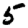
Digit: 5